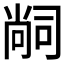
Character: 𭉢